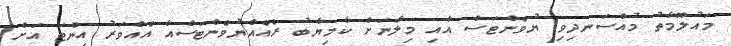
މައުލޫމާތު މުއްސަނދިވި ޔުވެންޓަސް އާއި މިލާނަށް ކާމިޔާބު ރެއެއްޔުވެންޓަސްއާ އެއްވަރު އިންޓަ އަށް